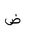
Letter: _dad